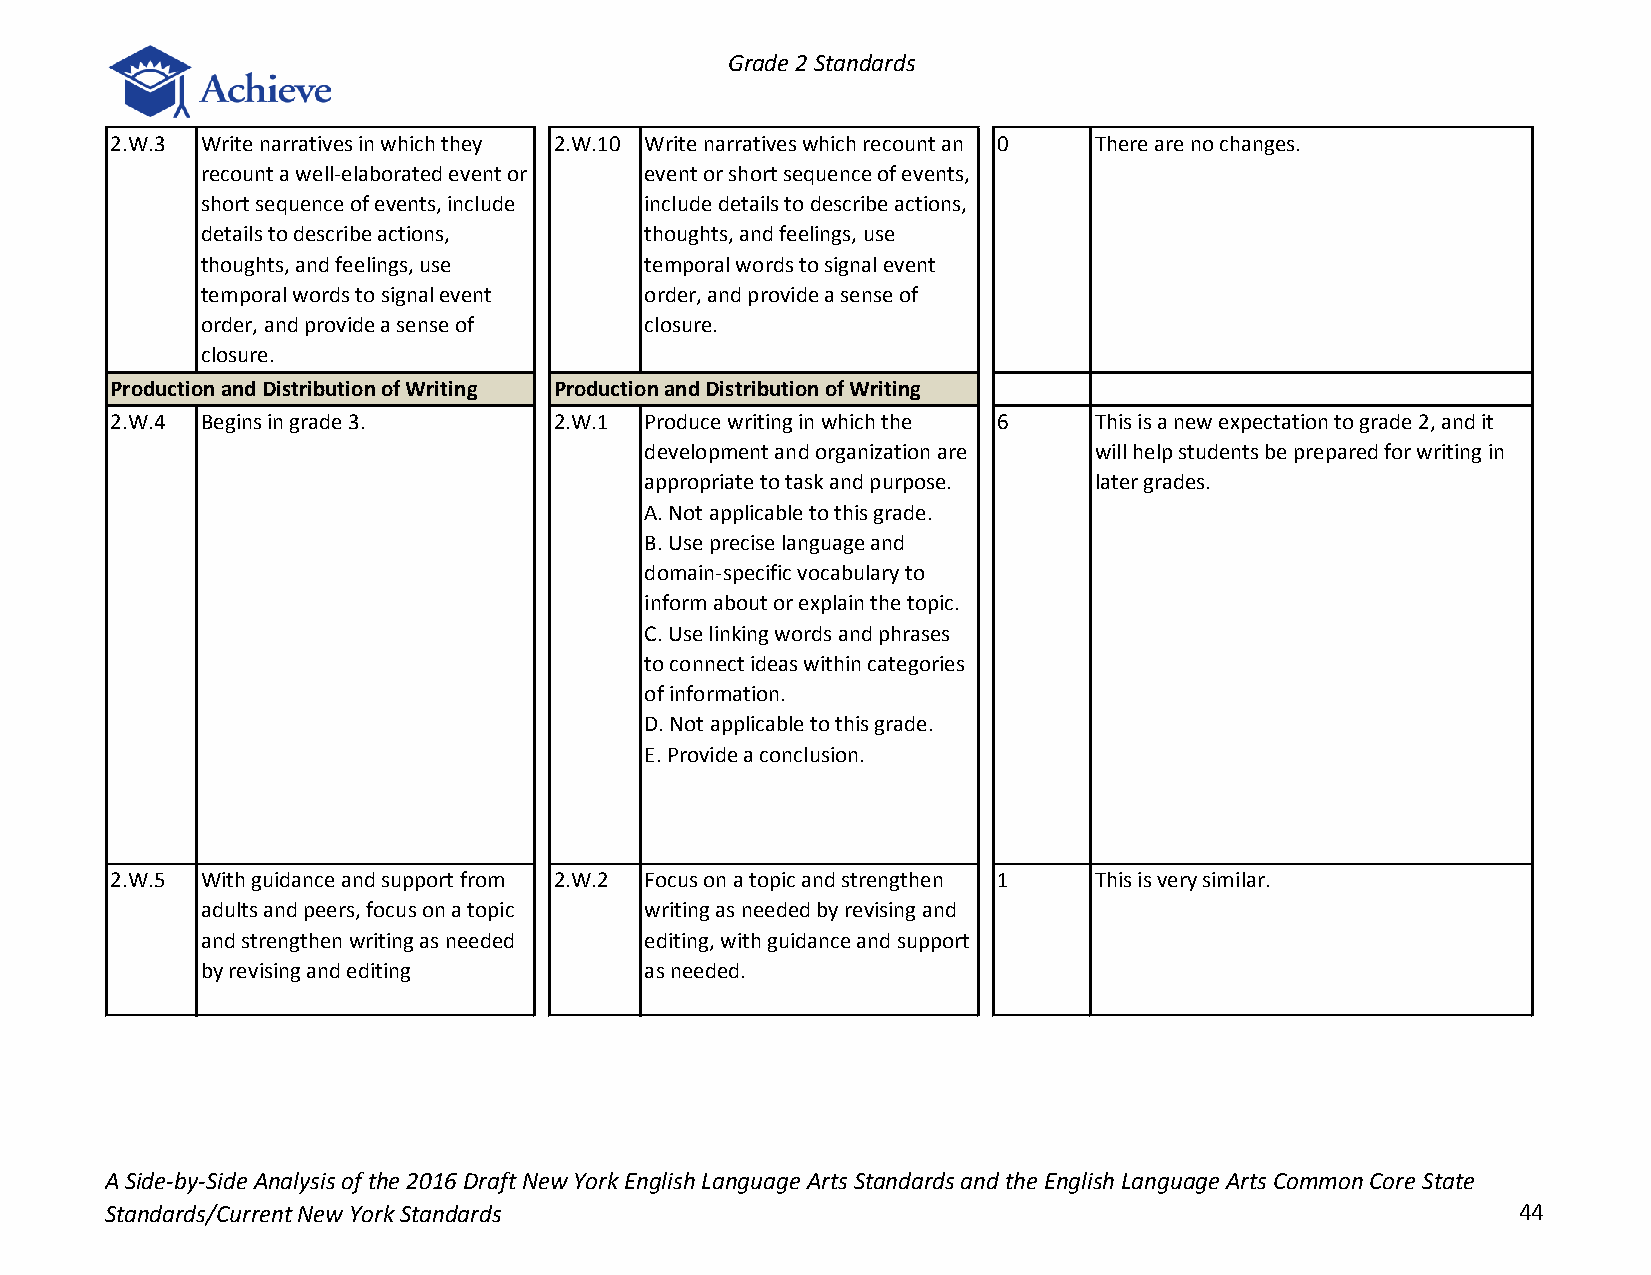
Grade 2 Standards
 2.W.3 Write narratives in which they 2.W.10 Write narratives which recount an 0 There are no changes.
 recount a well-elaborated event or event or short sequence of events,
 short sequence of events, include include details to describe actions,
 details to describe actions,  thoughts, and feelings, use
 thoughts, and feelings, use   temporal words to signal event
 temporal words to signal event order, and provide a sense of
 order, and provide a sense of closure.
 closure.
 Production and Distribution of Writing Production and Distribution of Writing
 2.W.4 Begins in grade 3.      2.W.1 Produce writing in which the 6 This is a new expectation to grade 2, and it
 development and organization are will help students be prepared for writing in
 appropriate to task and purpose. later grades.
 A. Not applicable to this grade.
 B. Use precise language and
 domain-specific vocabulary to
 inform about or explain the topic.
 C. Use linking words and phrases
 to connect ideas within categories
 of information.
 D. Not applicable to this grade.
 E. Provide a conclusion.
 2.W.5 With guidance and support from 2.W.2 Focus on a topic and strengthen 1 This is very similar.
 adults and peers, focus on a topic writing as needed by revising and
 and strengthen writing as needed editing, with guidance and support
 by revising and editing       as needed.
 A Side-by-Side Analysis of the 2016 Draft New York English Language Arts Standards and the English Language Arts Common Core State
 Standards/Current New York Standards                                                         44